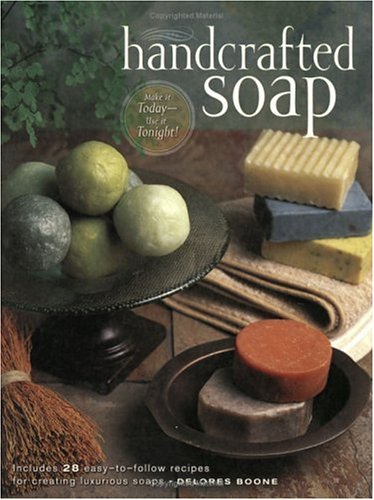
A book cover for Handcrafted Soap; Delores Boone; Crafts, Hobbies & Home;